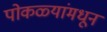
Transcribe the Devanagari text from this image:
पोकळ्यांमधून